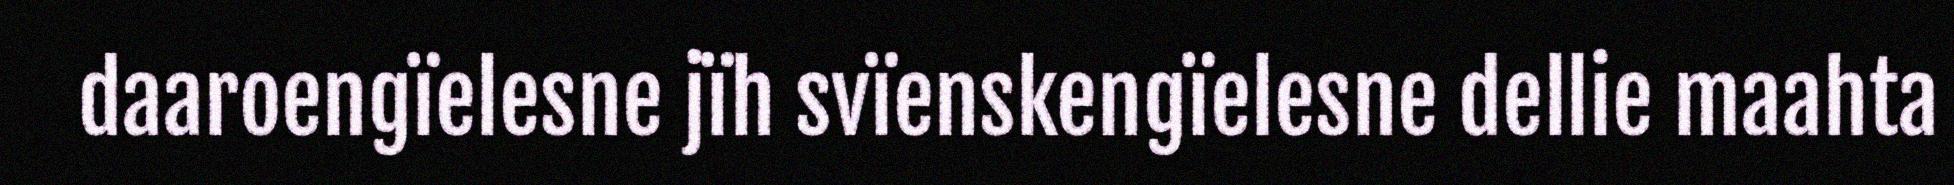
daaroengïelesne jïh svïenskengïelesne dellie maahta